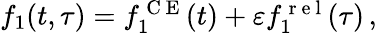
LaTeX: \begin{array}{r}{f_{1}(t,\tau)=f_{1}^{\mathrm{~C~E~}}(t)+\varepsilon f_{1}^{\mathrm{~r~e~l~}}(\tau)\, ,}\end{array}